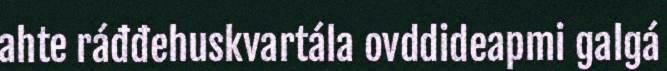
ahte ráđđehuskvartála ovddideapmi galgá